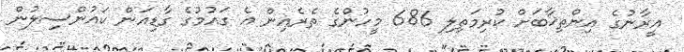
އީރާނުގެ އިންތިޚާބަށް ކުރިމަތިލި 686 މީހުންގެ ތެރެއިން އެ ގައުމުގެ ގާޑިއަން ކައުންސިލުން